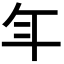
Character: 𭘾